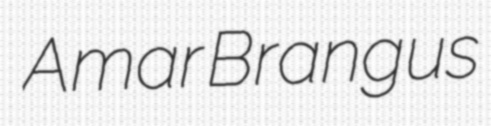
Amar Brangus